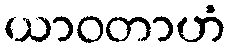
ယာဝတာဟံ